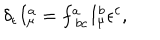
\delta _ { \epsilon } I _ { \mu } ^ { a } = f _ { \ b c } ^ { a } I _ { \mu } ^ { b } \epsilon ^ { c } ,